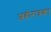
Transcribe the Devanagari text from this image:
अहोरात्रका